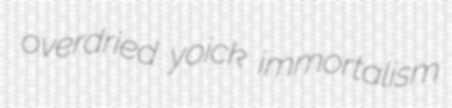
overdried yoick immortalism